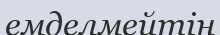
емделмейтін